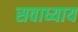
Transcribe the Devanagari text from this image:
सवाध्याय